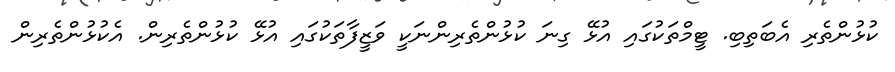
ކުޅުންތެރި އެބަތިބި. ޓީމްތަކުގައި އުޅޭ ގިނަ ކުޅުންތެރިންނަކީ ވަޒީފާތަކުގައި އުޅޭ ކުޅުންތެރިން. އެކުޅުންތެރިން